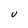
Character: U